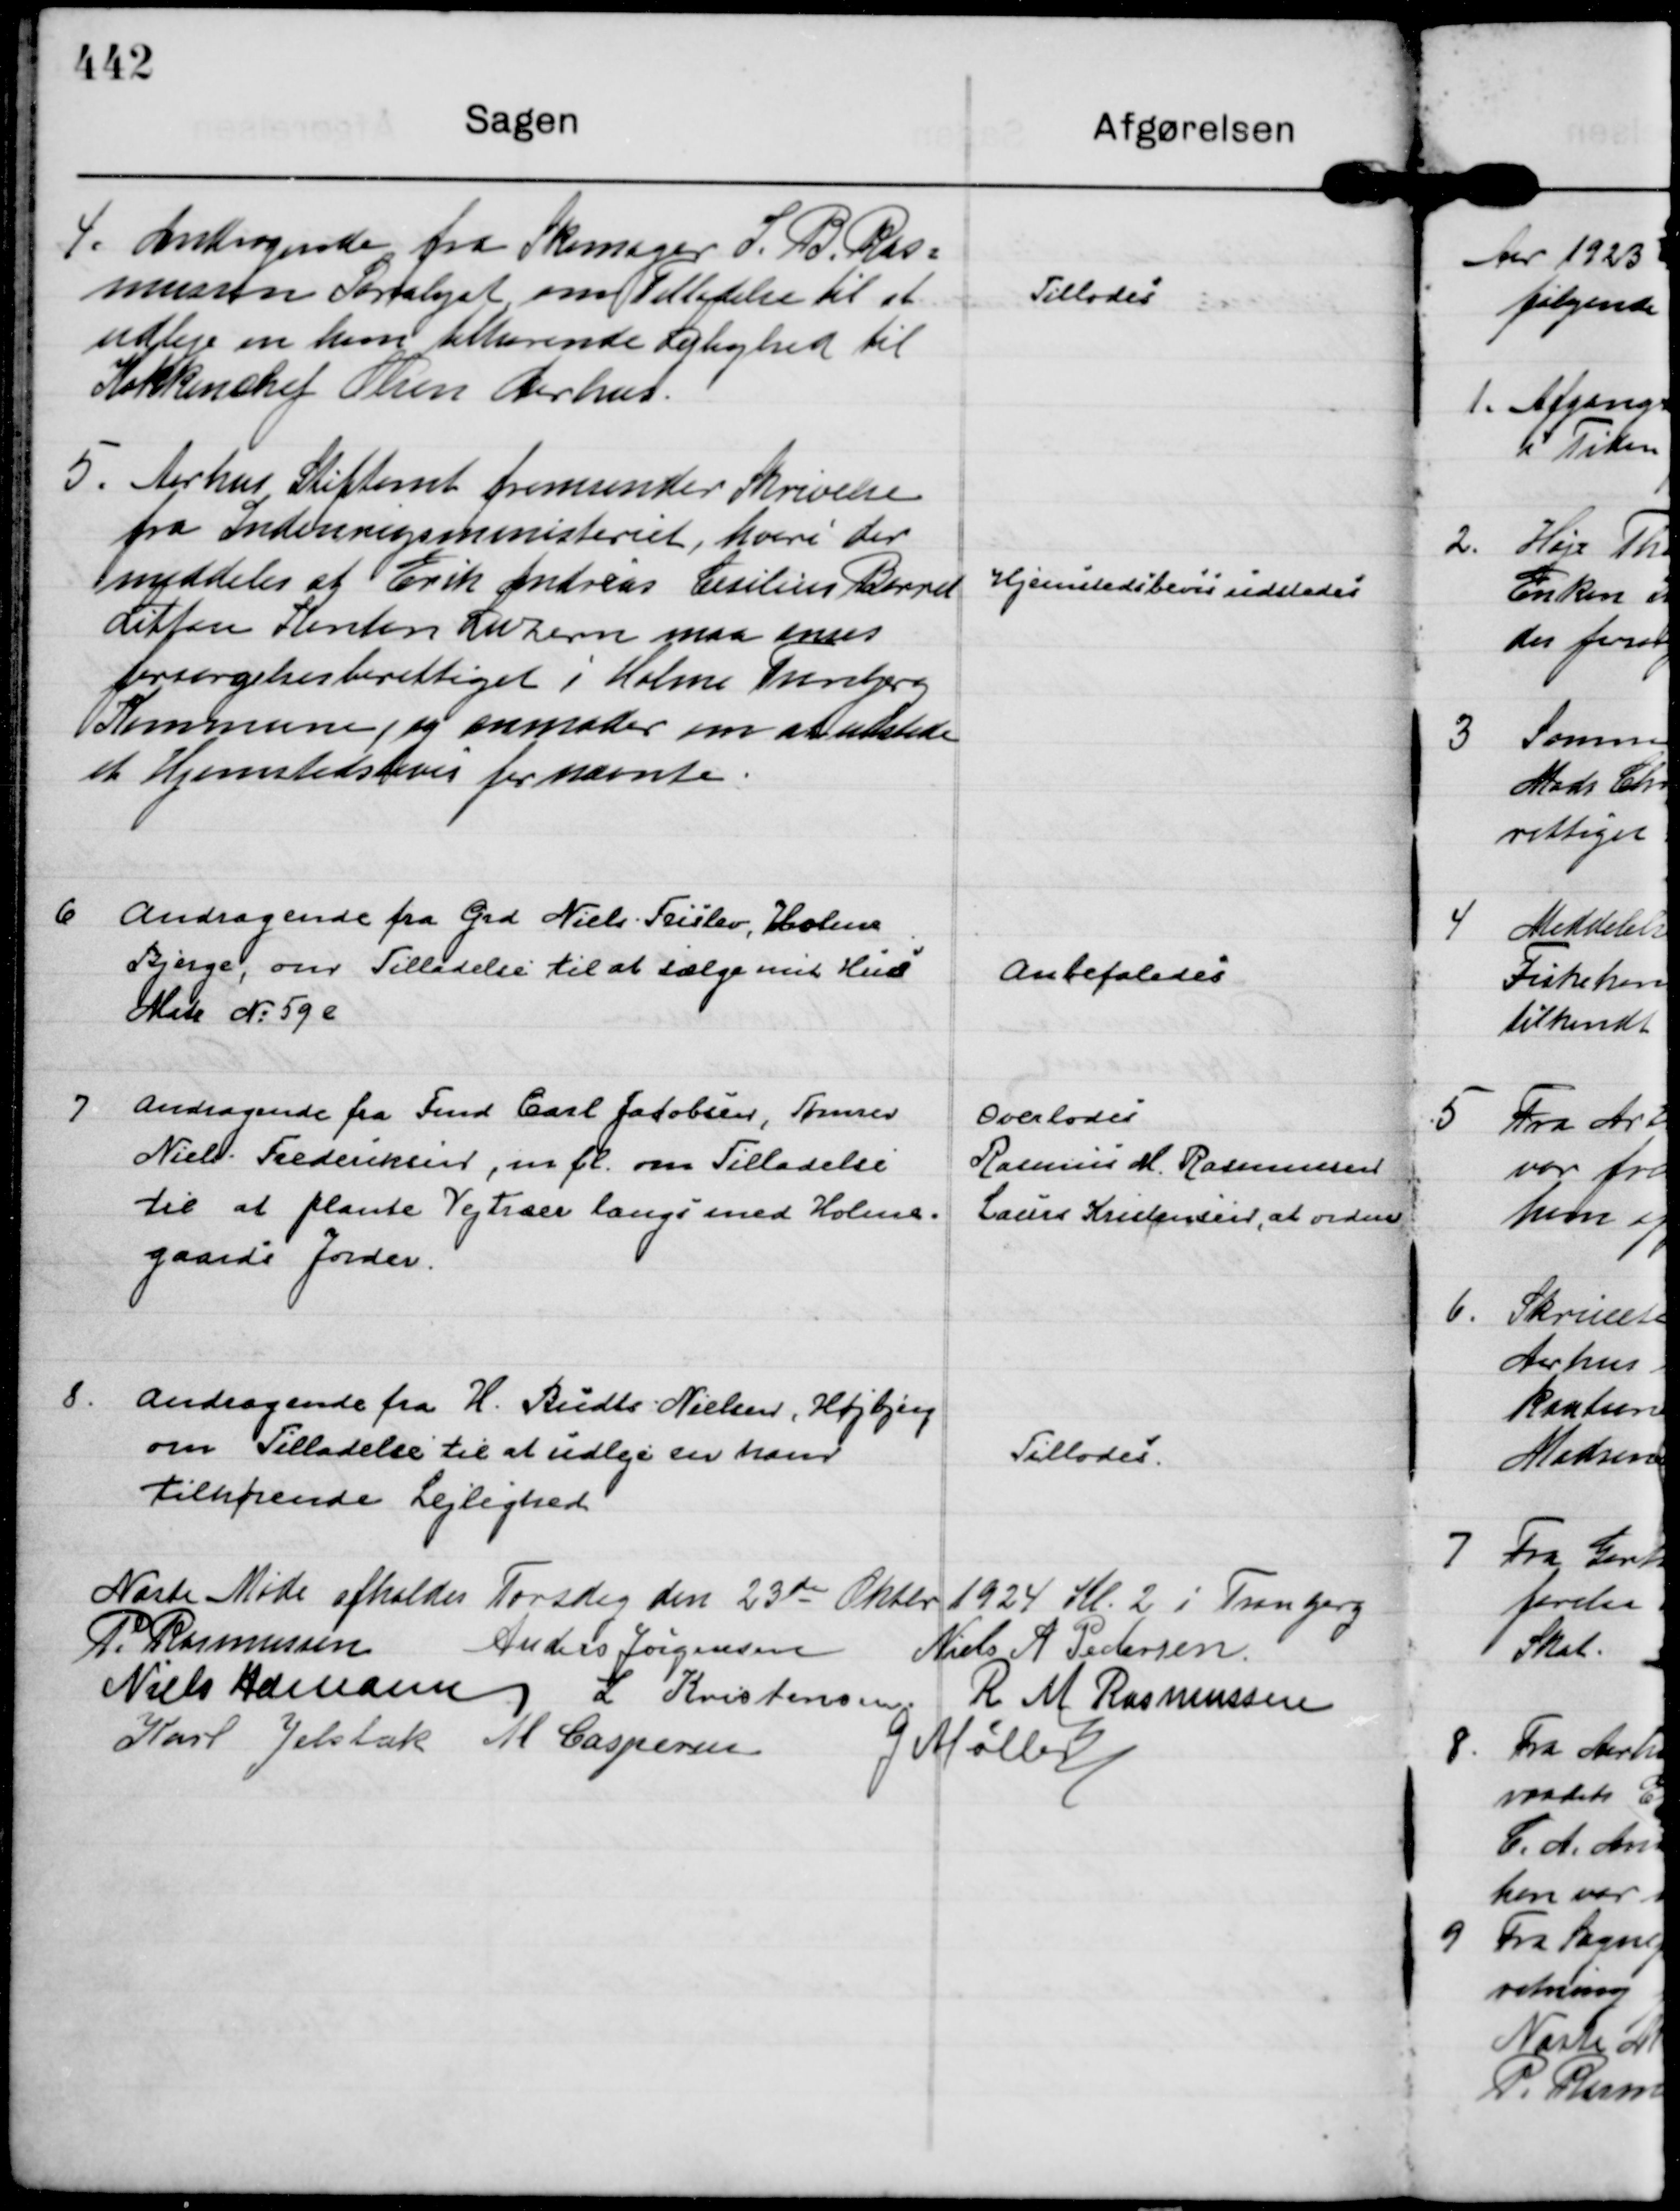
Transskription:
4.
Andragende fra Skomager S. B. Ras= 
mussen Saralyst om Tilladelse til at
udleje en ham tilhørende Lejlighed til
Køkkenchef Olsen Aarhus.

Tillodes

5.
Aarhus Stiftamt fremsender Skrivelse
fra Indenrigsministeriet, hvori der
meddeles at Erik Andreas Cesilius Barret
Littan Kanton Luzern maa anses
forsørgelsesberettiget i Holme Tranbjerg
Kommune, og anmoder om at udstede
et Hjemstedsbevis for nævnte.

Hjemstedsbevis udstedes

6
Andragende fra Grd Niels Feislev, Holme
Bjerge, om Tilladelse til at sælge mit Hus
Matr N: 59 e

Anbefaledes

7
Andragende fra Fmd Carl Jacobsen, Tømrer
Niels Frederiksen, m fl. om Tilladelse
til at plante Vejtræer langs med Holme=
gaards Jorder.

Overlodes
Rasmus M. Rasmussen
Laurs Kristensen, at ordne

8.
Andragende fra H. Budts Nielsen, Højbjerg
om Tilladelse til at udleje en ham
tilhørende Lejlighed

Tillodes.

Næste Møde afholdes Torsdag den 23 de Oktbr 1924 Kl. 2 i Tranbjerg 
P. Rasmussen
Anders Jørgensen
Niels A Pedersen.
Niels Hamann
L Kristensen.
R M Rasmussen
Karl Jelsbak
M Caspersen
G Møller